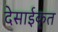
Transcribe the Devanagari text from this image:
देसाईकृत